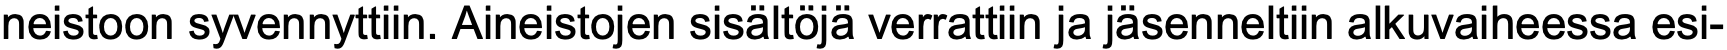
neistoon syvennyttiin. Aineistojen sisältöjä verrattiin ja jäsenneltiin alkuvaiheessa esi-